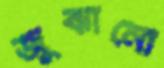
জুঝানো